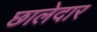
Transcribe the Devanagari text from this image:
छालेदार